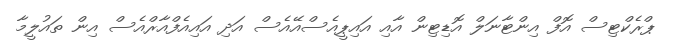
ޕްރެކްޓިސް އޮފް އިންޓާނަލް އޮޑިޓިން އާއި އައިޕީއެސްއޭއެސް އަދި އައިއެފްއާރްއެސް އިން ތައުލީމާ